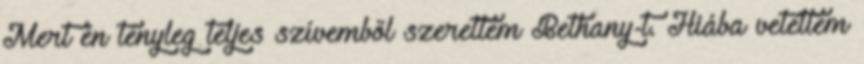
Mert én tényleg teljes szívemből szerettem Bethany-t. Hiába vetettem